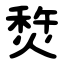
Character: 㷏